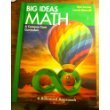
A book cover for BIG IDEAS MATH: Common Core Student Edition Green 2014; HOUGHTON MIFFLIN HARCOURT; Education & Teaching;